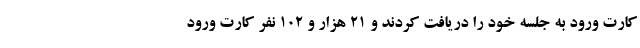
کارت ورود به جلسه خود را دریافت کردند و ۲۱ هزار و ۱۰۲ نفر کارت ورود